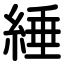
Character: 綞